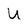
Character: U